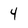
Character: 4